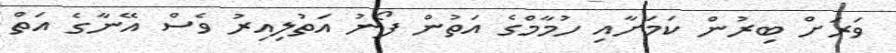
ވަރަށް ބިރުން ކަމަށާއި ހުމާމްގެ އަތުން ފޯނު އަތުލިއިރު ވެސް އޭނާގެ އަތް